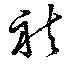
袪